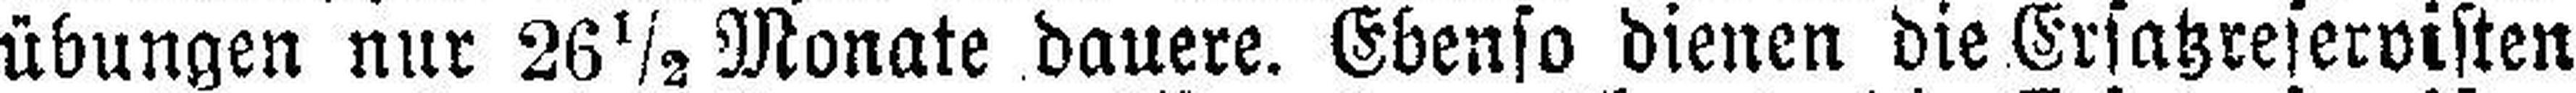
übungen nur 26 ½ Monate dauere. Ebenso dienen die Ersatzreservisten